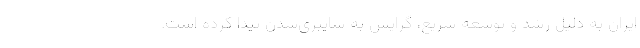
ایران به دلیل رشد و توسعه سریع، گرایش به سایبری‌شدن پیدا کرده است.